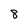
Character: 8